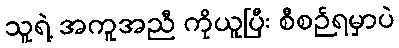
သူရဲ့ အကူအညီ ကိုယူပြီး စီစဉ်ရမှာပဲ